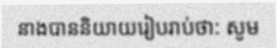
នាងបាននិយាយរៀបរាប់ថា: សូម